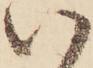
い